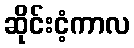
ဆိုင်းငံ့ကာလ